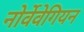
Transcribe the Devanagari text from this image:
नोर्वेवेगियन